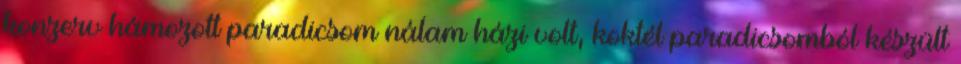
konzerv hámozott paradicsom nálam házi volt, koktél paradicsomból készült